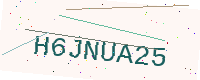
Text: H6JNUA25